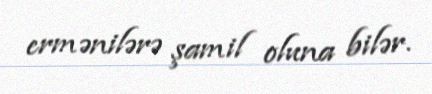
ermənilərə şamil oluna bilər.